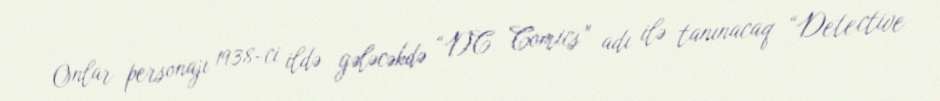
Onlar personajı 1938-ci ildə gələcəkdə “DC Comics” adı ilə tanınacaq “Detective